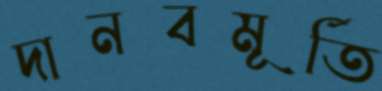
দানবমূর্তি